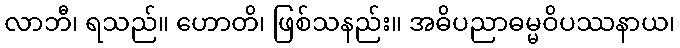
လာဘီ၊ ရသည်။ ဟောတိ၊ ဖြစ်သနည်း။ အဓိပညာဓမ္မဝိပဿနာယ၊